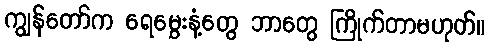
ကျွန်တော်က ရေမွှေးနံ့တွေ ဘာတွေ ကြိုက်တာမဟုတ်။